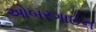
ઓબરગાઈન